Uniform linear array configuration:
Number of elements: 4
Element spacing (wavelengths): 0.5
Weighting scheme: hamming
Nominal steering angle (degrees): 0
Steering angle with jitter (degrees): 1.013
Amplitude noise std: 0.05
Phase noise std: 0.05

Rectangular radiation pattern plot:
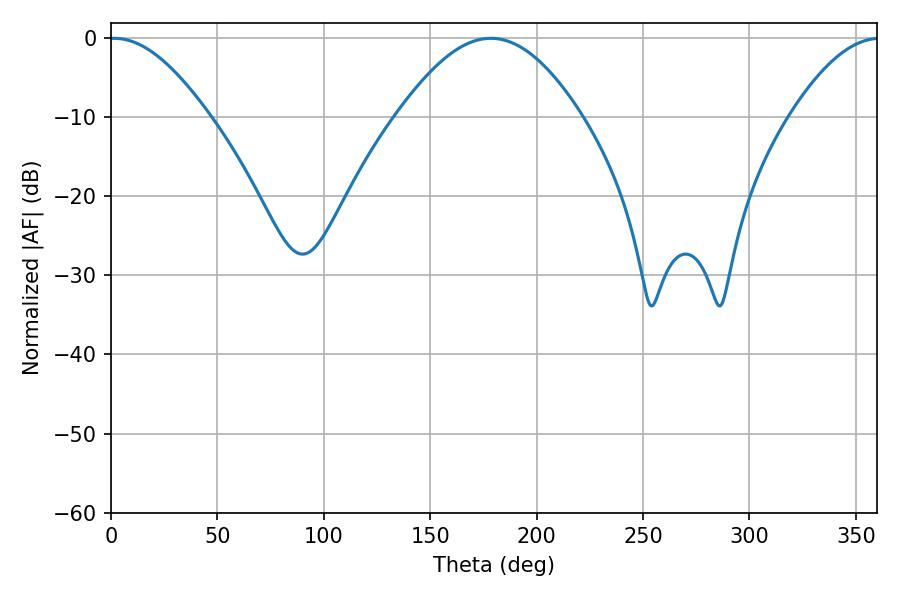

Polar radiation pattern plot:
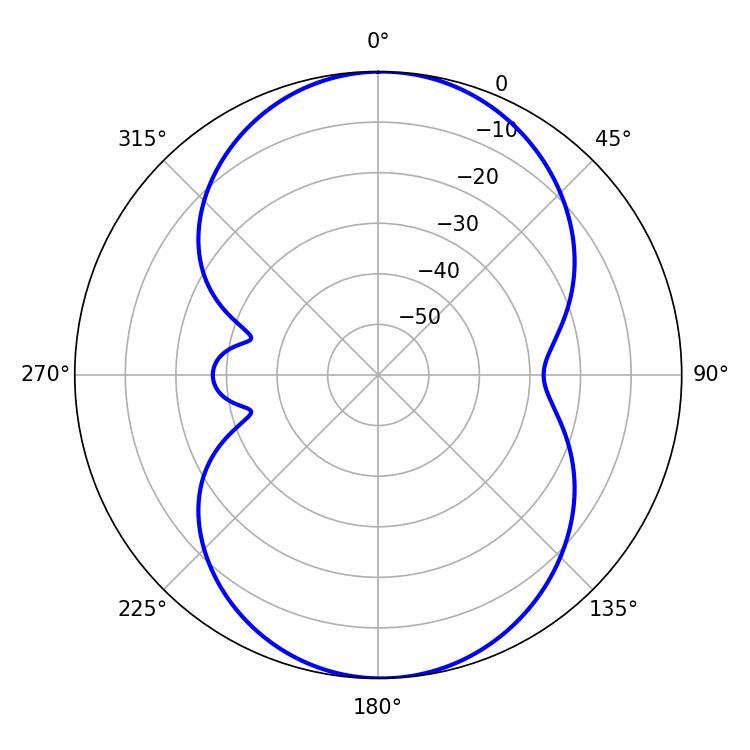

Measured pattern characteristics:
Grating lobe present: FALSE
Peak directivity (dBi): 14.792
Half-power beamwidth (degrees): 25.2
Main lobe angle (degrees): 1.44